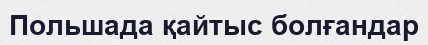
Польшада қайтыс болғандар